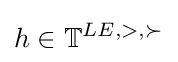
h\in \mathbb {T} ^{LE,>,\succ }